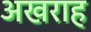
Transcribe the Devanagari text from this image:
अखराह